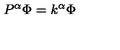
P ^ { \alpha } \Phi = k ^ { \alpha } \Phi